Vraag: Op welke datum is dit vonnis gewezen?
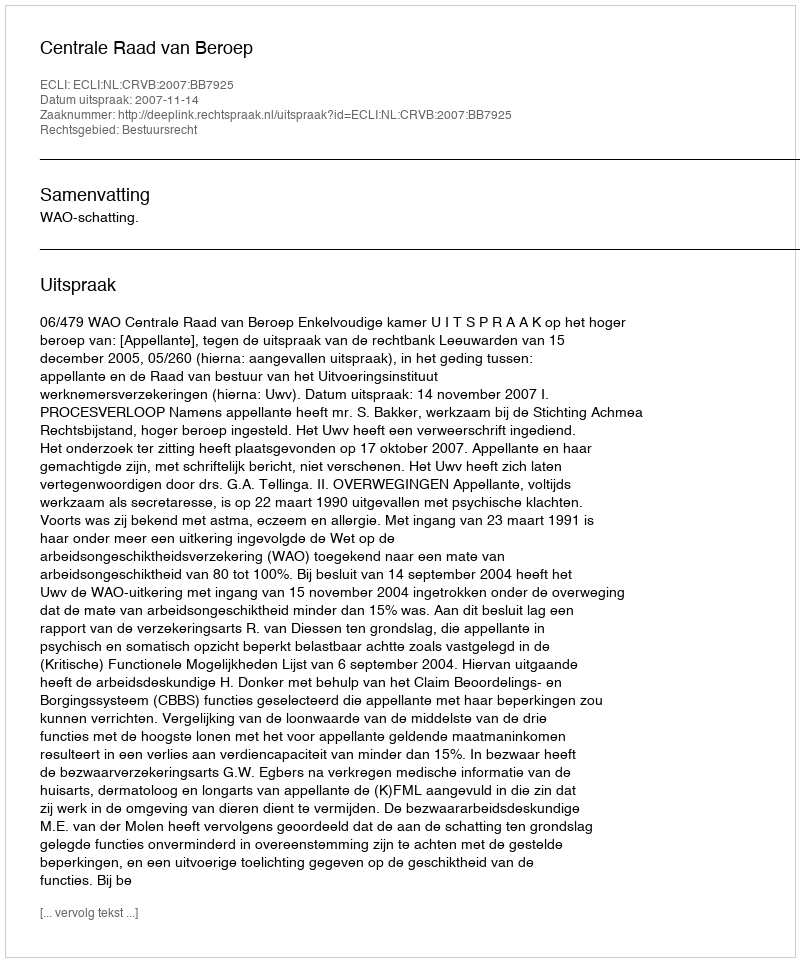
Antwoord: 2007-11-14